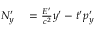
\begin{array} { r l } { N _ { y } ^ { \prime } } & { { } = { \frac { E ^ { \prime } } { c ^ { 2 } } } y ^ { \prime } - t ^ { \prime } p _ { y } ^ { \prime } } \end{array}